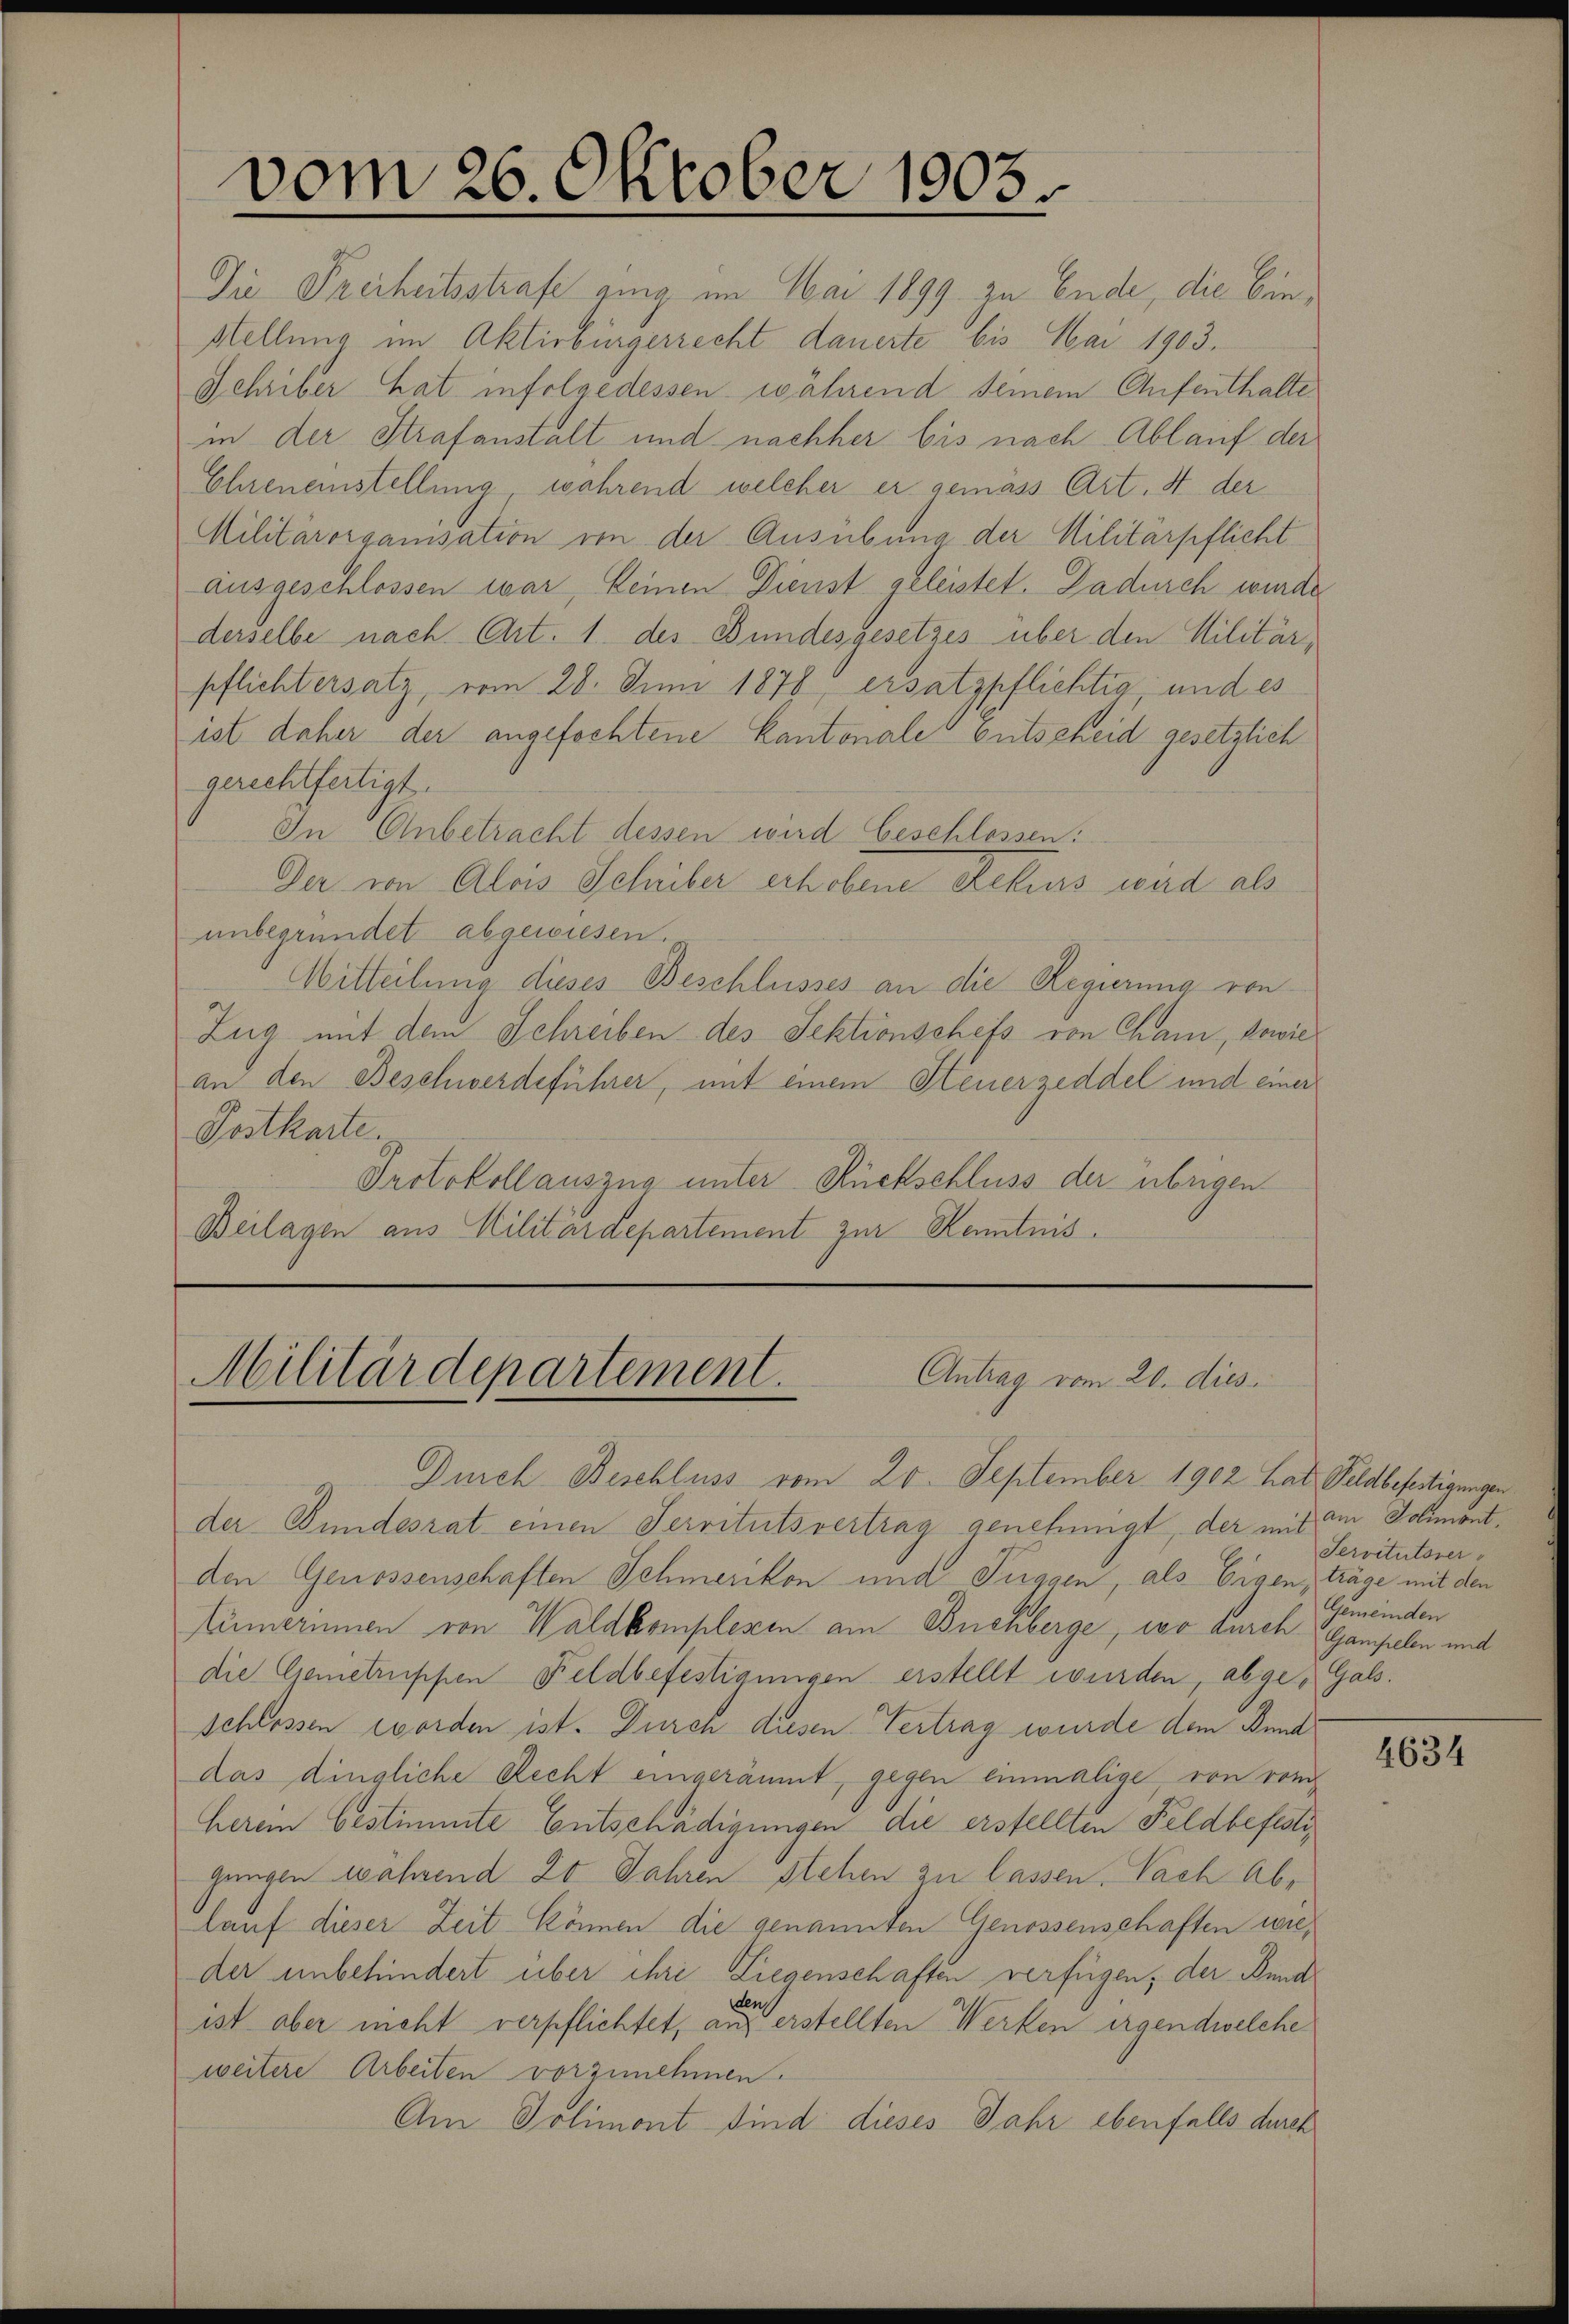
vom 26. Oktober 1903.

Die Freiheitsstrafe ging im Mai 1899 zu Ende, die Ein¬
Stellung im Aktivbürgerrecht dauerte bis Mai 1903.
Schriber hat infolgedessen während seinem Aufenthalte
in der Strafanstalt und nachher bis nach Ablauf der
Ehreneinstellung, während welcher er gemäss Art. 4 der
Militärorganisation von der Ausübung der Militärpflicht
ausgeschlossen war, keinen Dienst geleistet. Dadurch wurde
derselbe nach Art. 1. des Bundesgesetzes über den Militärpflichtersatz, vom 28. Juni 1878, ersatzpflichtig, und es
ist daher der angefochtene Kantonales entscheid gesetzlich
gerechtfertigt.
In Anbetracht dessen wird beschlossen:
Der von Alois Schriber erhobene Rekurs wird als
unbegründet abgewiesen.
Mitteilung dieses Beschlusses an die Regierung von
Zug mit dem Schreiben des Sektionschefs von Cham, sowie
an den Beschwerdeführer, mit einem Steuerzeddel und einer
Postkarte.
Protokoll auszug unter Rückschluss der übrigen
Beilagen aus Militärdepartement zur Kenntnis.

Militärdepartement
Antrag vom 20. dies

Durch Beschluss vom 20. September 1902 hat Feldbefertigungen
der Bundesrat einen Servitutsvertrag genehmigt, der mit an Jolimont,
den Genossenschaften Schmerikon und Fuggen, als Eigen, träge mit den
Kämerinnen von Waldkomplexen am Buchberge, wo durch Gampeln mit
die Gemetruppen Feldbefestigungen erstellt wurden, abge-Gals.
schlossen worden ist. Durch diesen Vertrag wurde dem Bund
das dingliche Recht eingeräumt, gegen einmalige, von von
Herein bestimmte Entschädigungen die erstellten Feldbefestigungen wahrend 20 Jahren stehen zu lassen. Nach Ab-
lauf dieser Zeit können die genannten Genossenschaften wieder unbehindert über ihre Liegenschaften verfügen; der Bund
den
ist aber nicht verpflichtet, aus erstellten Werken irgendwelche
weitere Arbeiten vorzunehmen.
Am Polimont sind dieses Jahr ebenfalls durch

Servitutsver-
Gemeinden

4634